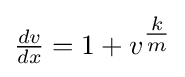
{\textstyle {\tfrac {dv}{dx}}=1+v^{\tfrac {k}{m}}}